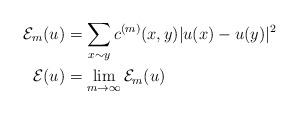
LaTeX: \begin{align*}\mathcal{E}_m(u) &= \sum_{x\sim y} c^{(m)}(x, y)|u(x) - u(y)|^2 \\\mathcal{E}(u) &= \lim_{m\to\infty} \mathcal{E}_m(u)\end{align*}